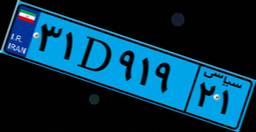
۸۶D۳۱۳۸۵